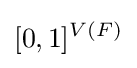
[0,1]^{V(F)}